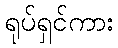
ရုပ်ရှင်ကား